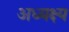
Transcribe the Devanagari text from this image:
अध्यक्ष्य